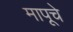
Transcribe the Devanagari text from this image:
मापूचे